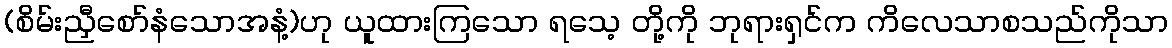
(စိမ်းညှီစော်နံသောအနံ့)ဟု ယူထားကြသော ရသေ့ တို့ကို ဘုရားရှင်က ကိလေသာစသည်ကိုသာ